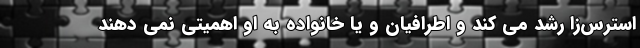
استرس‌زا رشد می کند و اطرافیان و یا خانواده به او اهمیتی نمی دهند